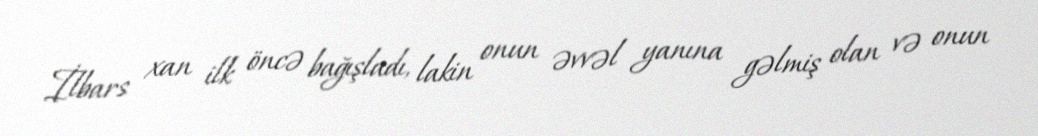
İlbars xan ilk öncə bağışladı, lakin onun əvvəl yanına gəlmiş olan və onun